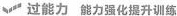
过能力能力强化提升训练